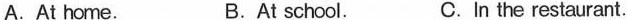
A.At home. B.At school. C. In the restaurant.